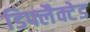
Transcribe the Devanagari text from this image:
डिफ्लैक्टेड